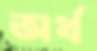
অর্থ